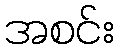
အစင်း